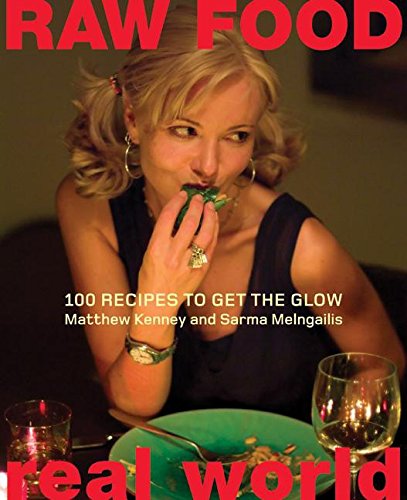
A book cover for Raw Food/Real World: 100 Recipes to Get the Glow; Matthew Kenney; Cookbooks, Food & Wine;